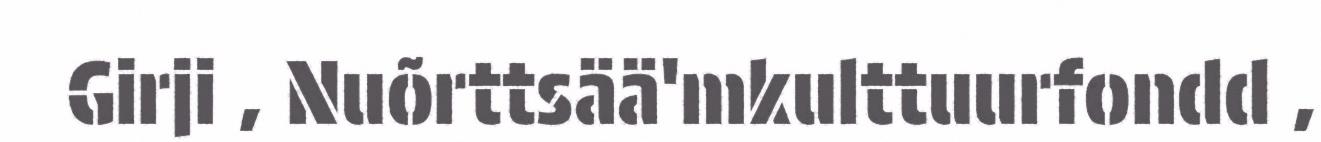
Girji , Nuõrttsää'mkulttuurfondd ,